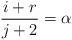
LaTeX: \begin{align*}\frac{i+r}{j+2} = \alpha\end{align*}